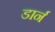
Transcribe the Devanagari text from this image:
डार्न